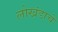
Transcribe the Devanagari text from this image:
लोखंडाचें